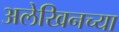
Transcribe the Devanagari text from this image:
अलेखिनच्या